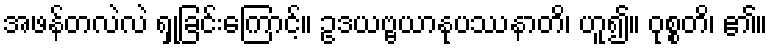
အဖန်တလဲလဲ ရှုခြင်းကြောင့်။ ဥဒယဗ္ဗယာနုပဿနာတိ၊ ဟူ၍။ ဝုစ္စတိ၊ ၏။